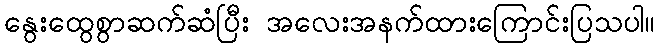
နွေးထွေစွာဆက်ဆံပြီး အလေးအနက်ထားကြောင်းပြသပါ။